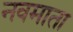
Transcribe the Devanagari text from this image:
नवमाता